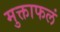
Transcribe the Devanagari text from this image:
मुक्ताफलं